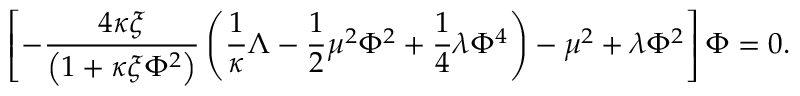
\left[ - \frac { 4 \kappa \xi } { \left( 1 + \kappa \xi \Phi ^ { 2 } \right) } \left( \frac { 1 } { \kappa } \Lambda - \frac { 1 } { 2 } \mu ^ { 2 } \Phi ^ { 2 } + \frac { 1 } { 4 } \lambda \Phi ^ { 4 } \right) - \mu ^ { 2 } + \lambda \Phi ^ { 2 } \right] \Phi = 0 .